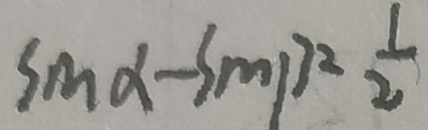
\sin \alpha - \sin \beta = \frac { 1 } { 2 }